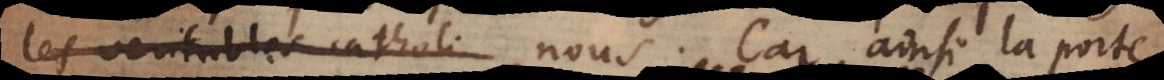
les veritables catholi nous. Car ainsi la porte